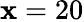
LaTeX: \mathbf{x}=20